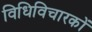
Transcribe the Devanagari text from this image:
विधिविचारकों